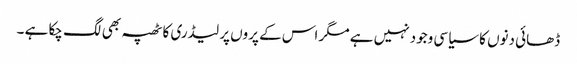
ڈھائی دنوں کا سیاسی وجود نہیں ہے مگر اس کے پروں پر لیڈری کا ٹھپہ بھی لگ چکا ہے ۔